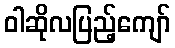
ဝါဆိုလပြည့်ကျော်